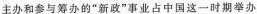
主办和参与筹办的”新政”事业占中国这一时期举办